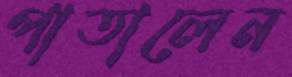
পাতালেন